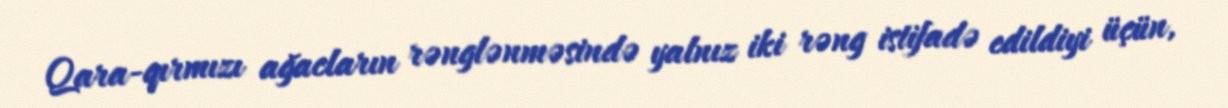
Qara-qırmızı ağacların rənglənməsində yalnız iki rəng istifadə edildiyi üçün,